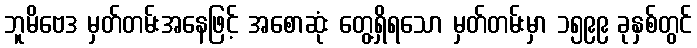
ဘူမိဗေဒ မှတ်တမ်းအနေဖြင့် အစောဆုံး တွေ့ရှိရသော မှတ်တမ်းမှာ ၁၅၉၉ ခုနှစ်တွင်